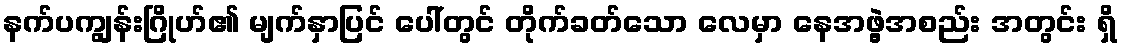
နက်ပကျွန်းဂြိုဟ်၏ မျက်နှာပြင် ပေါ်တွင် တိုက်ခတ်သော လေမှာ နေအဖွဲ့အစည်း အတွင်း ရှိ